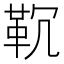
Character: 𱁲